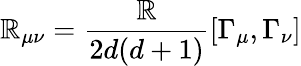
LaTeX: \mathbb{R}_{\mu\nu}=\frac{{\mathbb{R}}}{{2d(d+1)}}[\Gamma_{\mu},\Gamma_{\nu}]